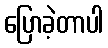
ပြောခဲ့တာပါ